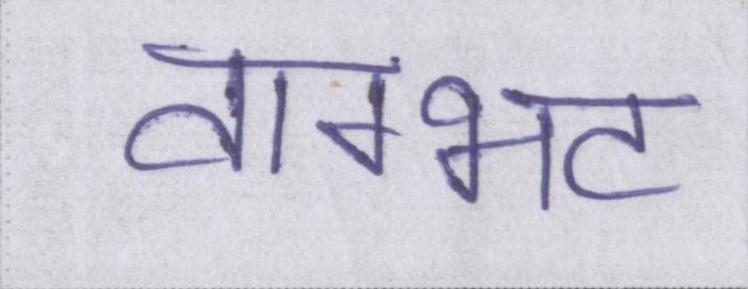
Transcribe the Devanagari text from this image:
वाग्भट